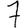
Digit: 7